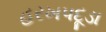
હરખપદૂડા